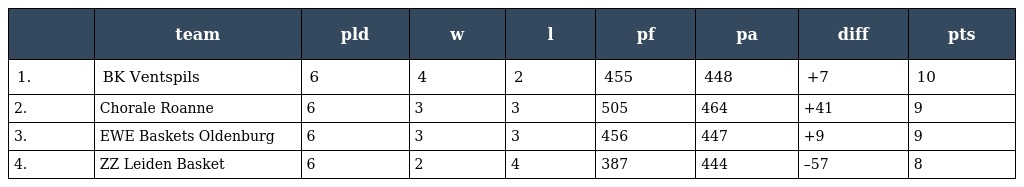
|  | team | pld | w | l | pf | pa | diff | pts |
 | --- | --- | --- | --- | --- | --- | --- | --- | --- |
 | 1. | BK Ventspils | 6 | 4 | 2 | 455 | 448 | +7 | 10 |
 | 2. | Chorale Roanne | 6 | 3 | 3 | 505 | 464 | +41 | 9 |
 | 3. | EWE Baskets Oldenburg | 6 | 3 | 3 | 456 | 447 | +9 | 9 |
 | 4. | ZZ Leiden Basket | 6 | 2 | 4 | 387 | 444 | –57 | 8 |